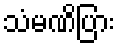
သံမဏိပြား